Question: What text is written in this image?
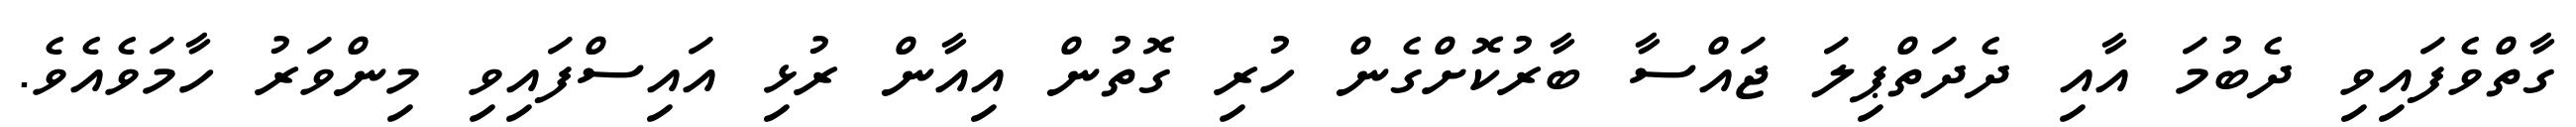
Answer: ގާތްވެފައިވި ދެބުމަ އާއި ދެދަތްޕިލަ ޖައްސާ ބާރުކޮށްގެން ހުރި ގޮތުން އިއާން ރުޅި އައިސްފައިވި މިންވަރު ހާމަވެއެވެ.